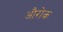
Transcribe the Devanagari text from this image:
औरोक